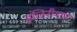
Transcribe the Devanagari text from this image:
इंजिनीयरंग